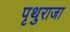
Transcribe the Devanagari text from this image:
पृथुराजा